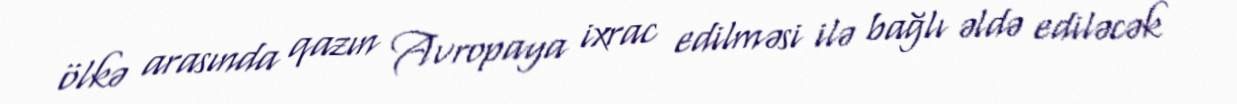
ölkə arasında qazın Avropaya ixrac edilməsi ilə bağlı əldə ediləcək